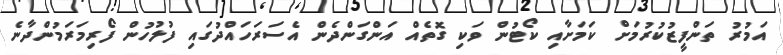
އަމުރު ތަންފީޒުކުރުމަށް ކަމަށާއި ކޯޓުން ވަކި ގޮތެއް އަންގަންދެން އެސަރަހައްދުގައި ފުލުހުން ފޯރިމަރަމުންދާނެ